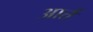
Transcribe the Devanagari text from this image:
आर्त्त